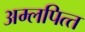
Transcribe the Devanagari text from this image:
अम्‍लपित्‍त